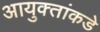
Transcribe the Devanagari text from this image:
आयुक्‍तांकडे